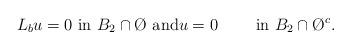
LaTeX: \begin{align*}L_b u=0 \textrm{ in $ B_2\cap\O$} \textrm{ and} u=0 \qquad\textrm{ in $B_2\cap \O^c$}.\end{align*}